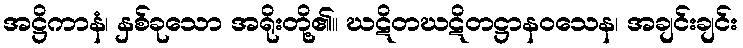
အဋ္ဌိကာနံ၊ နှစ်ခုသော အရိုးတို့၏။ ဃဋိတဃဋိတဋ္ဌာနဝသေန၊ အချင်းချင်း